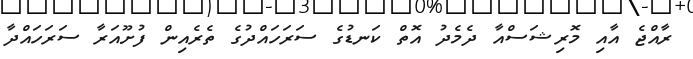
ރާއްޖެ އާއި މޮރިޝަސްއާ ދެމެދު އޮތް ކަނޑުގެ ސަރަހައްދުގެ ތެރެއިން ފުށޫއަރާ ސަރަހައްދާ